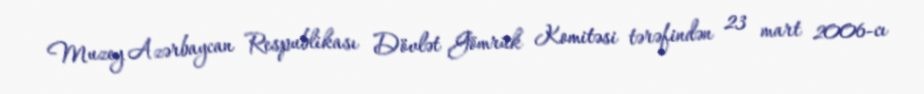
Muzey Azərbaycan Respublikası Dövlət Gömrük Komitəsi tərəfindən 23 mart 2006-cı